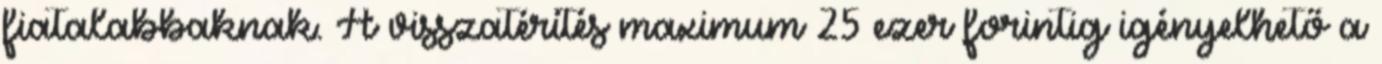
fiatalabbaknak. A visszatérítés maximum 25 ezer forintig igényelhető a